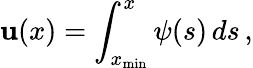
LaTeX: \mathbf{u}(x)=\int_{x_{\mathrm{{min}}}}^{x}\psi(s)\, ds\, ,